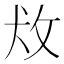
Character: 𰕄